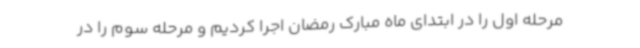
مرحله اول را در ابتدای ماه مبارک رمضان اجرا کردیم و مرحله سوم را در